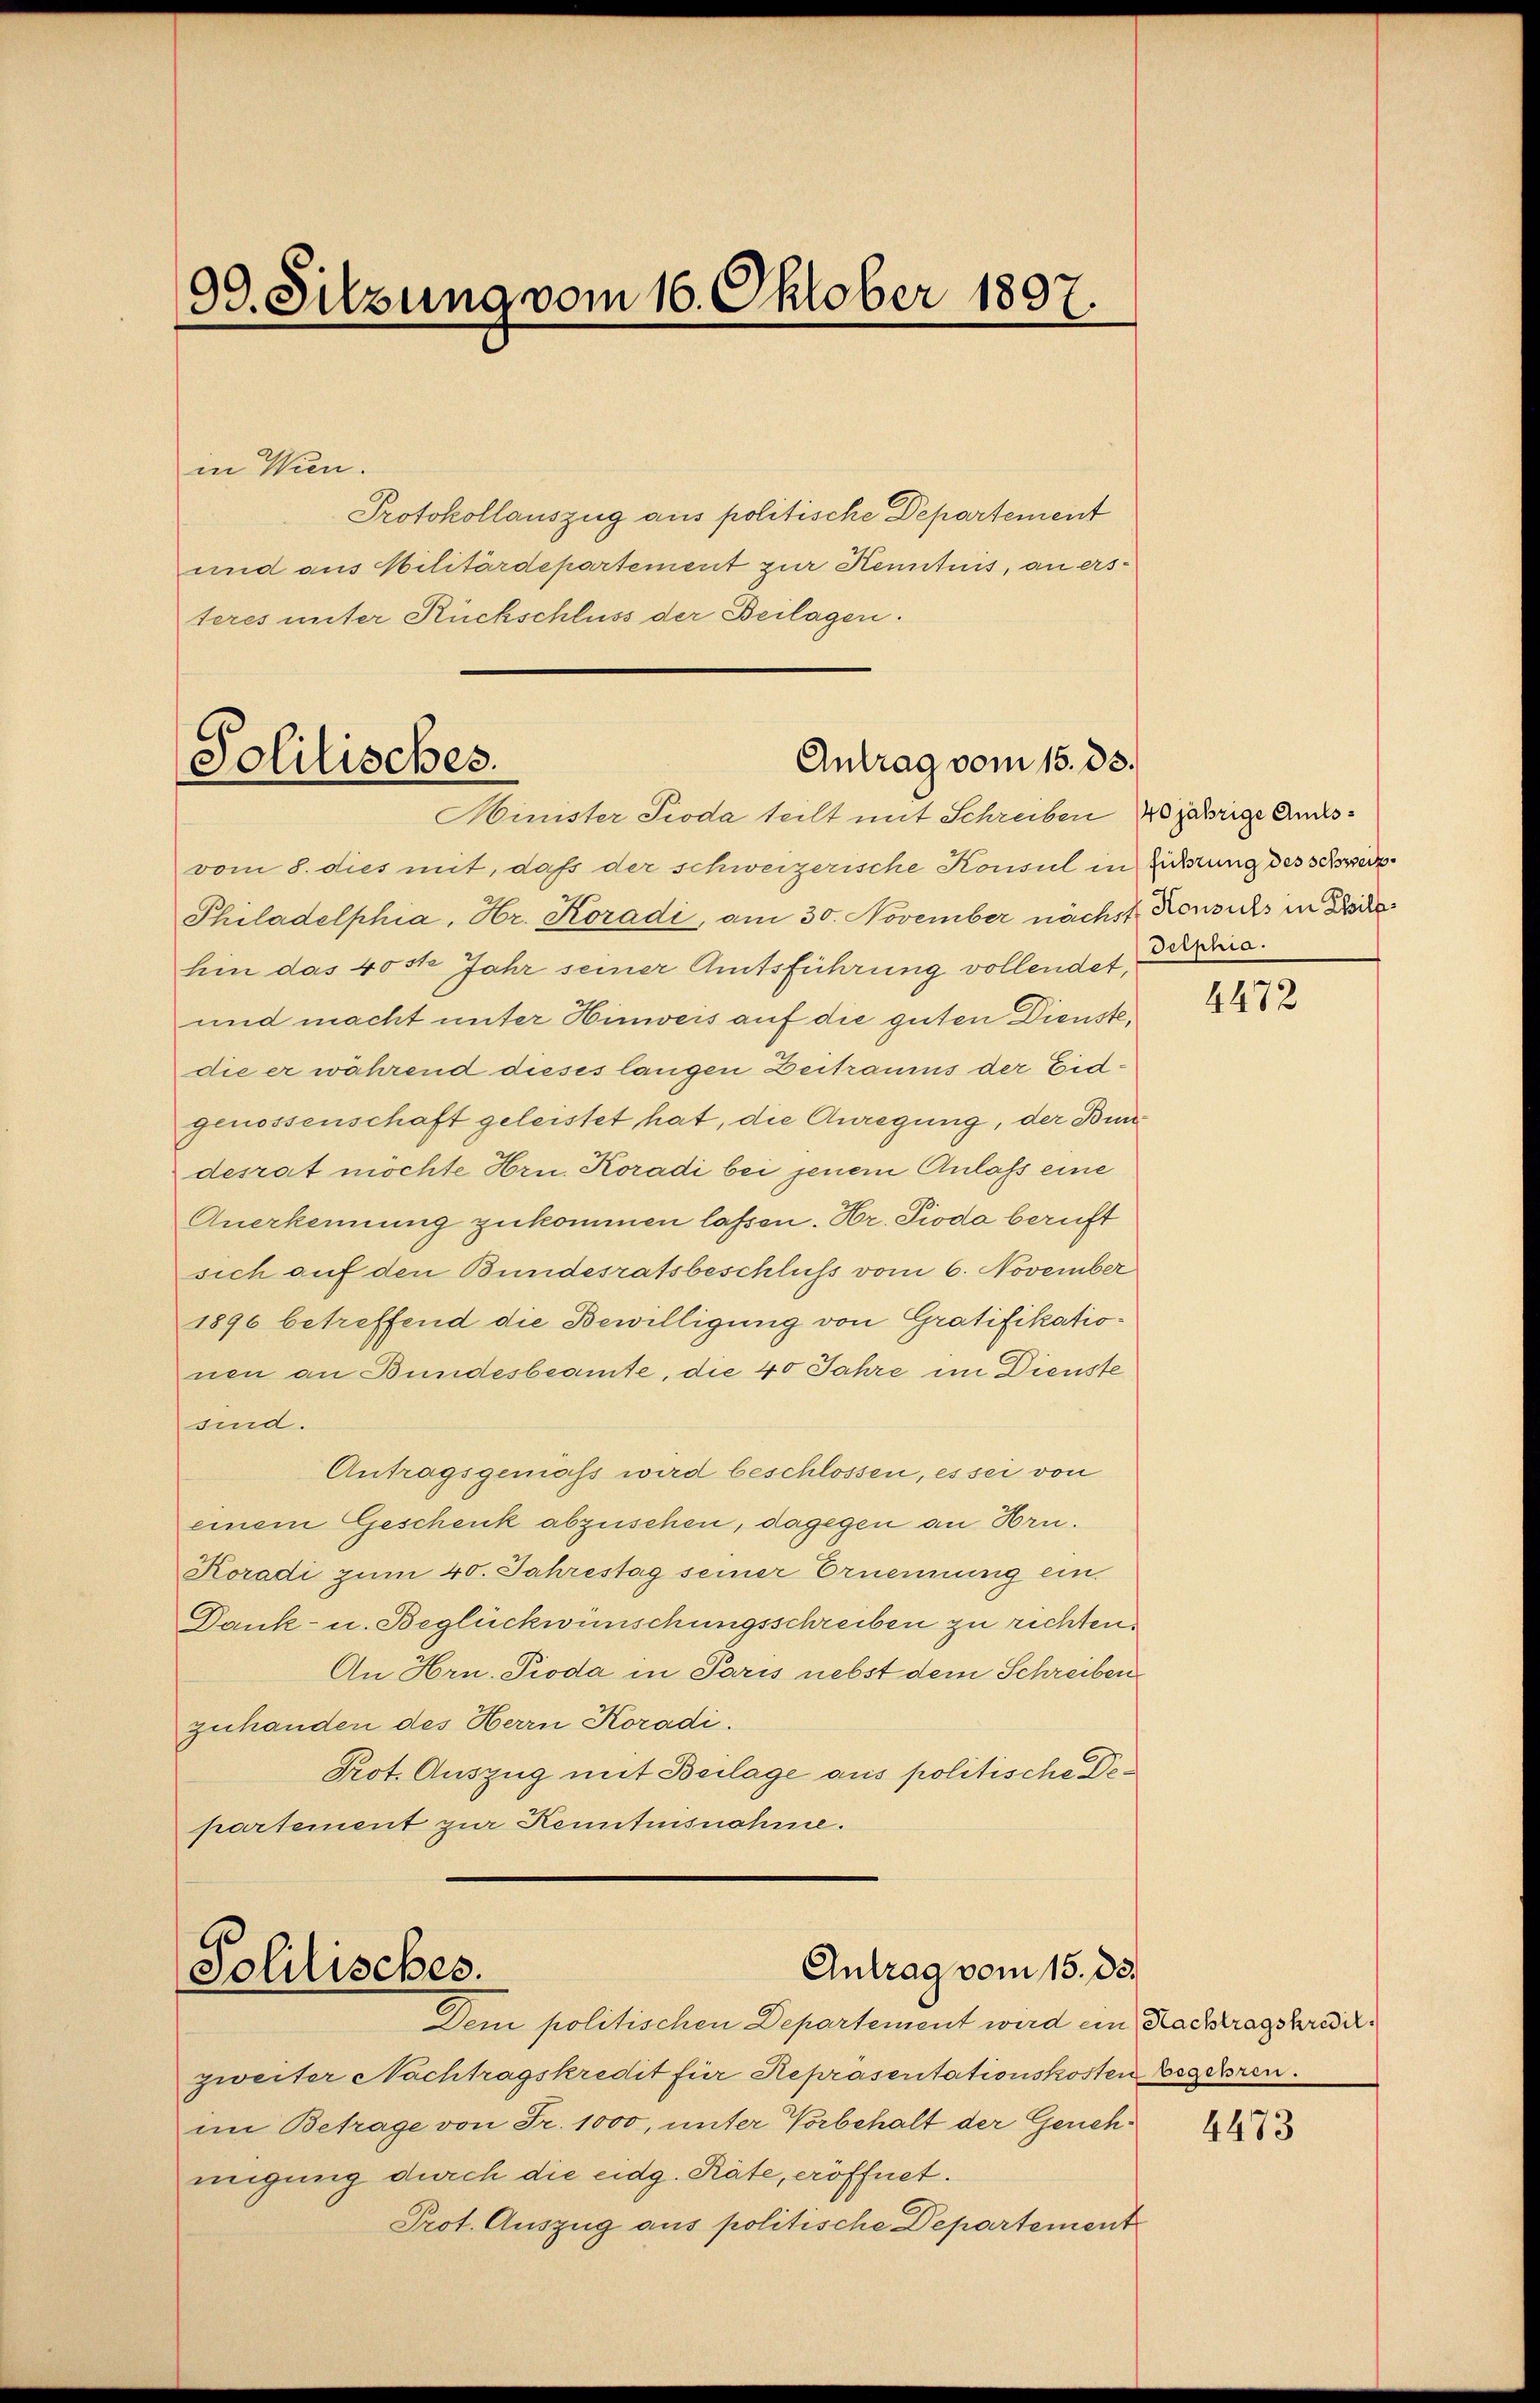
09. Sitzung vom 16. Oktober 1807.

in Wien.
Protokollauszug aus politische Departement
und aus Militärdepartement zur Kenntnis, an ersteres unter Rückschluss der Beilagen.

Antrag vom 15. 33.
Politisches.
Minister Pioda teilt mit Schreiben 20 jährige Ans¬

vom 8. dies mit, daß der schweizerische Konsul in sichtung des schweiz
Philadelphia, Hr. Koradi, am 30. November nächst Konsichs in Böde
hin das 40 ste Jahr seiner Amtsführung vollendet erhie
und macht unter Hinweis auf die guten Dienste,
die er während dieses langen Zeitraums der Eidgenossenschaft geleistet hat, die Anregung, der Bundesrat möchte Hrn. Koradi bei jenem Anlass eine
Anerkennung zukommen lassen. Hr. Pioda beruft
sich auf den Bundesratsbeschluss vom 6. November
1896 betreffend die Bewilligung von Gratifikationen an Bundesbeamte, die 40 Jahre im Dienste
sind.
Antragsgemäss wird beschlossen, es sei von
einem Geschenk abzusehen, dagegen an Hrn.
Koradi zum 40. Jahrestag seiner Ernennung ein.
Dank- u. Beglückwünschungsschreiben zu richten.
An Hrn. Pioda in Paris nebst dem Schreiben
zuhanden des Herrn Koradi.
Prot. Auszug mit Beilage aus politische Departement zur Kenntnisnahme.

Antrag vom 15. 33.
Politisches.

Dem politischen Departement wird ein Nachtragskredizweiter Nachtragskredit für Repräsentationskosten Begehren.
im Betrage von Fr. 1000, unter Vorbehalt der Genehmigung durch die eidg. Räte, eröffnet.
Prot. Auszug aus politische Departement

4472

4473